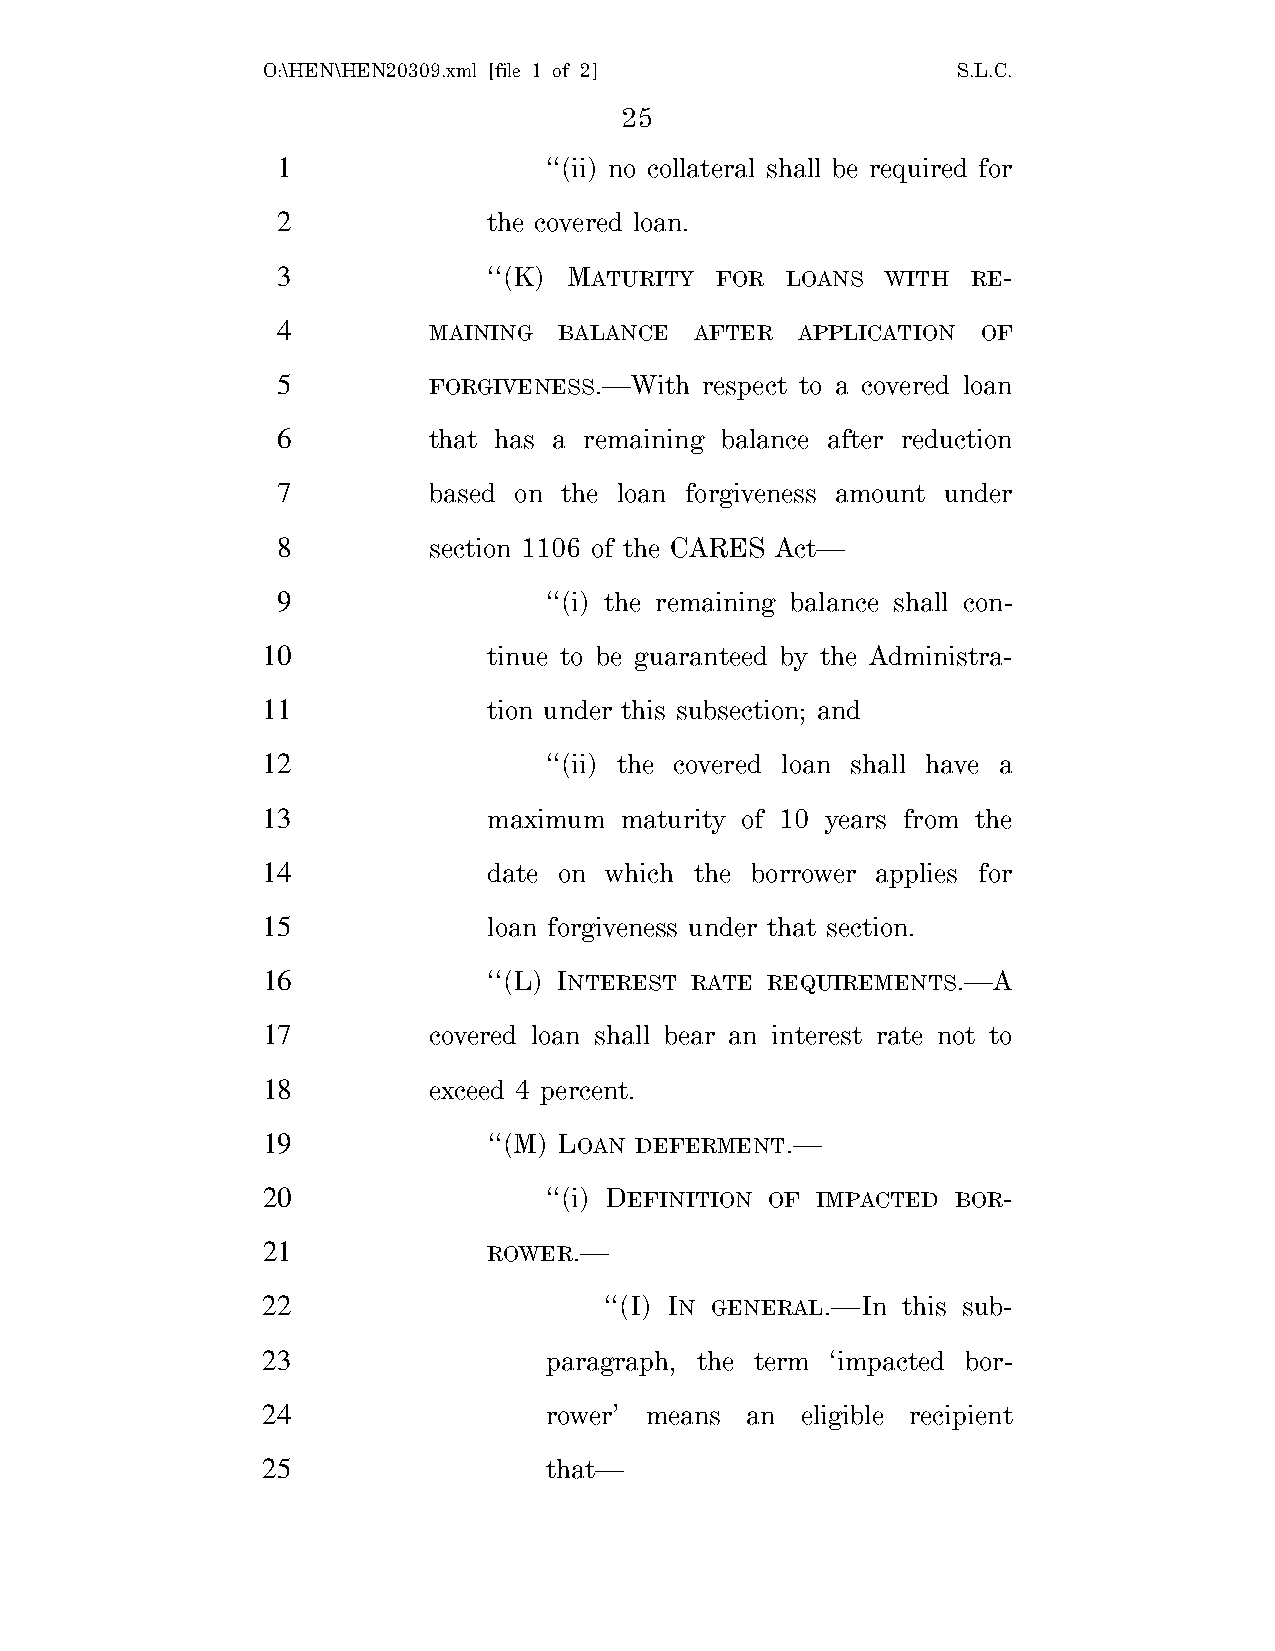
O:\HEN\HEN20309.xml [file 1 of 2]             S.L.C.
 25
 1                 ‘‘(ii) no collateral shall be required for
 2             the covered loan.
 3             ‘‘(K) MATURITY FOR  LOANS  WITH RE-
 4         MAINING  BALANCE  AFTER  APPLICATION OF
 5         FORGIVENESS.—With  respect to a covered loan
 6         that has a remaining balance after reduction
 7         based on the loan forgiveness amount under
 8         section 1106 of the CARES Act—
 9                 ‘‘(i) the remaining balance shall con-
 10             tinue to be guaranteed by the Administra-
 11             tion under this subsection; and
 12                 ‘‘(ii) the covered loan shall have a
 13             maximum  maturity of 10 years from the
 14             date on which the borrower applies for
 15             loan forgiveness under that section.
 16             ‘‘(L) INTEREST RATE REQUIREMENTS.—A
 17         covered loan shall bear an interest rate not to
 18         exceed 4 percent.
 19             ‘‘(M) LOAN DEFERMENT.—
 20                 ‘‘(i) DEFINITION OF IMPACTED BOR-
 21             ROWER.—
 22                     ‘‘(I) IN GENERAL.—In this sub-
 23                 paragraph, the term ‘impacted bor-
 24                 rower’ means an  eligible recipient
 25                 that—